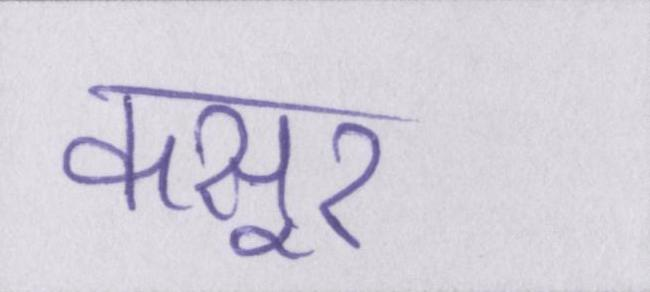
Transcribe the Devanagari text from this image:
कसूर